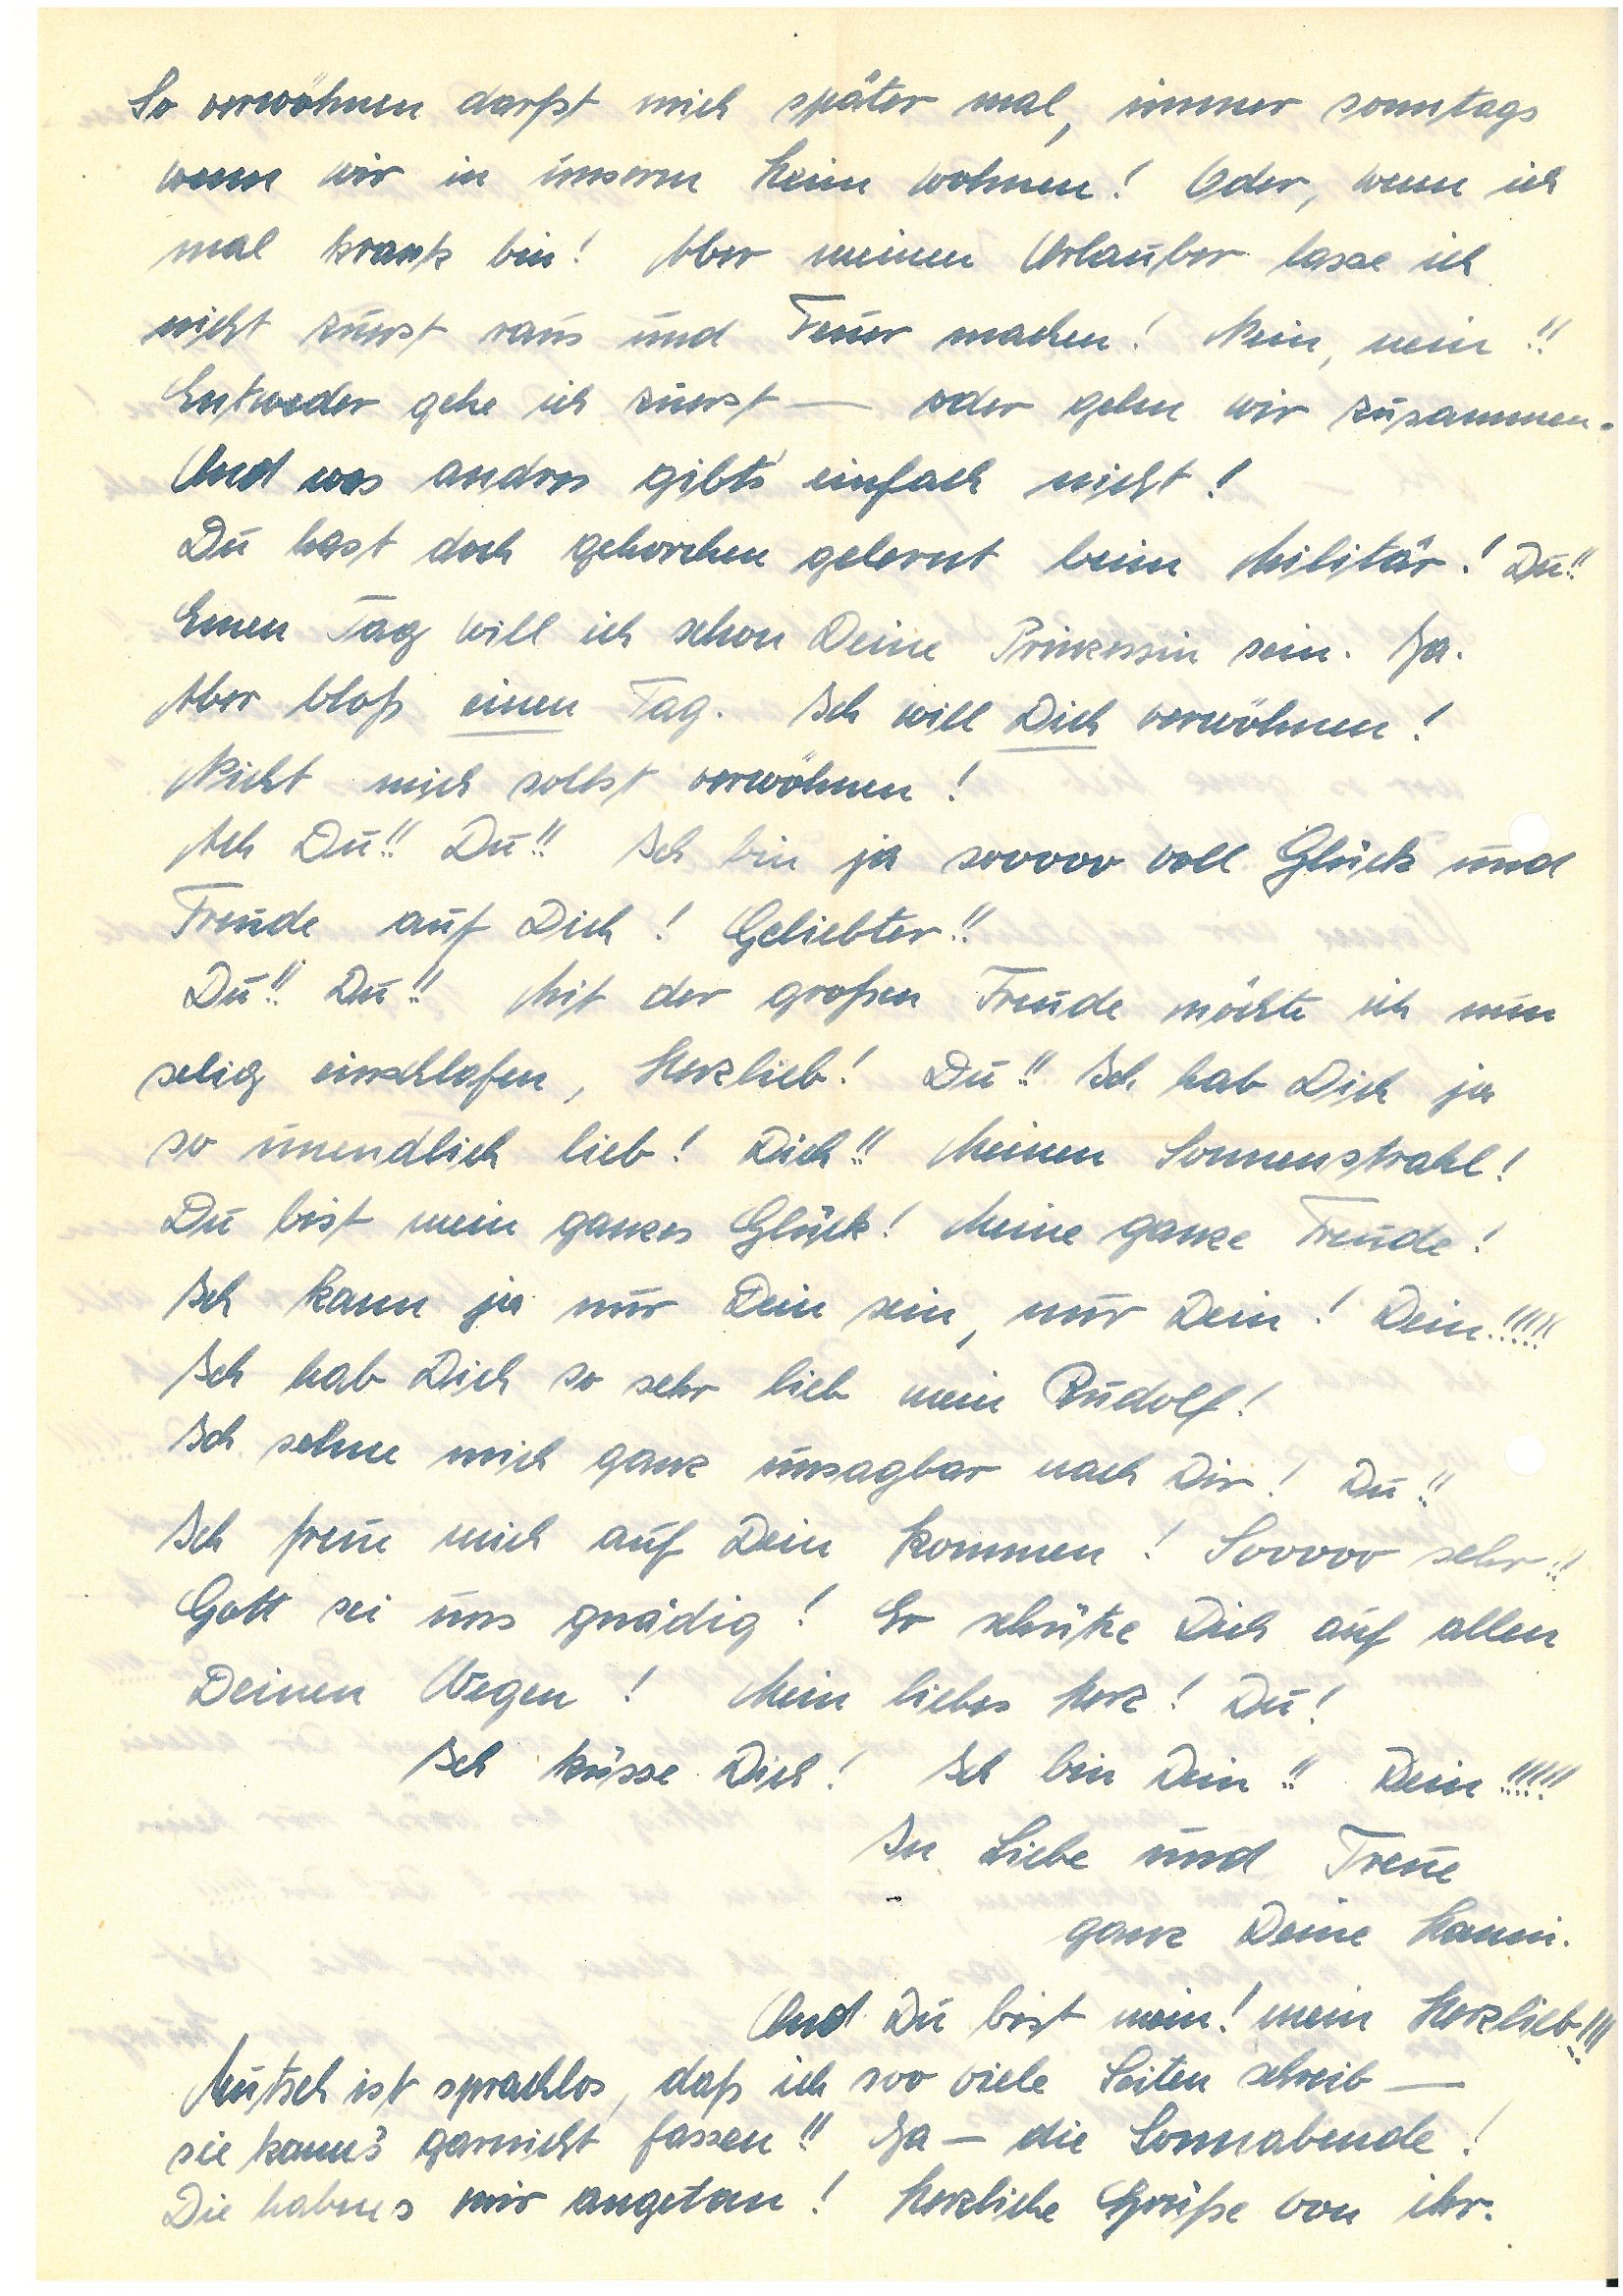
So verwöhnen darfst mich später mal, immer sonntags
wenn wir in unserem Heim wohnen! Oder, wenn ich
mal krank bin! Aber meinen Urlauber lasse ich
nicht zuerst raus und Feuer machen! Nein, nein!!
Entweder gehe ich zuerst – oder gehen wir zusammen.
Und was andres gibts’ einfach nicht!
Du hast doch gehorchen gelernt beim Militär! Du!!
Einen Tag will ich schon Deine Prinzessin sein. Ja.
Aber bloß einen Tag. Ich will Dich verwöhnen!
Nicht mich sollst verwöhnen!
Ach Du!! Du!! Ich bin ja sooooo voll Glück und
Freude auf Dich! Geliebter!!
Du!! Du!! Mit der großen Freude möchte ich nun
selig einschlafen, Herzlieb! Du!! Ich hab Dich ja
so unendlich lieb! Dich!! Meinen Sonnenstrahl!
Du bist mein ganzes Glück! Meine ganze Freude!
Ich kann ja nur Dein sein, nur Dein! Dein!!!!!
Ich hab Dich so sehr lieb mein!
Ich sehne mich ganz unsagbar nach Dir! Du!!
Ich freue mich auf Dein Kommen! Sooooo sehr!!
Gott sei uns gnädig! Er schütze Dich auf allen
Deinen Wegen! Mein liebes Herz! Du!
Ich küsse Dich! Ich bin Dein!! Dein!!!!!
In Liebe und Treue
ganz Deine.
Und Du bist mein! Mein Herzlieb!!!
Mutsch ist sprachlos, daß ich soo viele Seiten schreib –
sie kann’s garnicht fassen!! Ja – die Sonnabende!
Die habens mir angetan! Herzliche Grüße von ihr.